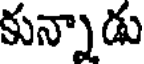
కున్నాడు